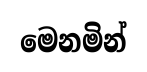
මෙනමින්